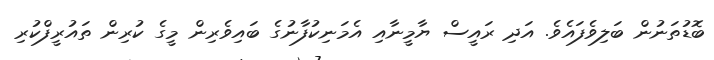
ބޮޑުތަނުން ބަލިވެފައެވެ. އަދި ރައީސް ޔާމީނާއި އެމަނިކުފާނުގެ ބައިވެރިން މީގެ ކުރިން ތައުރީފްކުރި